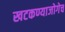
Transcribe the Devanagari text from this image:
खटकण्याजोगेच